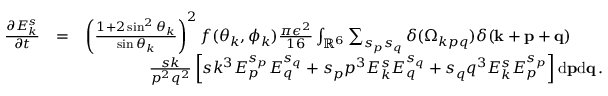
\begin{array} { r l r } { \frac { \partial E _ { k } ^ { s } } { \partial t } } & { = } & { \left( \frac { 1 + 2 \sin ^ { 2 } \theta _ { k } } { \sin \theta _ { k } } \right) ^ { 2 } f ( \theta _ { k } , \phi _ { k } ) \frac { \pi \epsilon ^ { 2 } } { 1 6 } \int _ { { \mathbb { R } } ^ { 6 } } \sum _ { s _ { p } s _ { q } } \delta ( \Omega _ { k p q } ) \delta ( { \bf k } + { \bf p } + { \bf q } ) \quad \quad } \\ & { } & { \frac { s k } { p ^ { 2 } q ^ { 2 } } \left[ s k ^ { 3 } E _ { p } ^ { s _ { p } } E _ { q } ^ { s _ { q } } + s _ { p } p ^ { 3 } E _ { k } ^ { s } E _ { q } ^ { s _ { q } } + s _ { q } q ^ { 3 } E _ { k } ^ { s } E _ { p } ^ { s _ { p } } \right] \mathrm { d } { \bf p } \mathrm { d } { \bf q } \, . } \end{array}